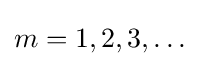
m=1,2,3,\dots